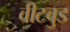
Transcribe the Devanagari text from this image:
वीटवुड